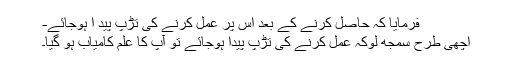
فرمایا کہ حاصل کرنے کے بعد اس پر عمل کرنے کی تڑپ پید ا ہوجائے-
اچھی طرح سمجھ لوکہ عمل کرنے کی تڑپ پیدا ہوجائے تو آپ کا علم کامیاب ہو گیا۔